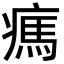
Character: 㾺